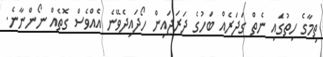
ތިމާގެ ހިތުގަެއި ނެތް ގަދަރެއް ބަހުގެ ދަރަޖައިން ހޯދައިދެވޭނެ އެއްވެސް ގޮތެއް ނޯންނާނެ.